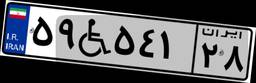
۵۹W۵۴۱۲۸